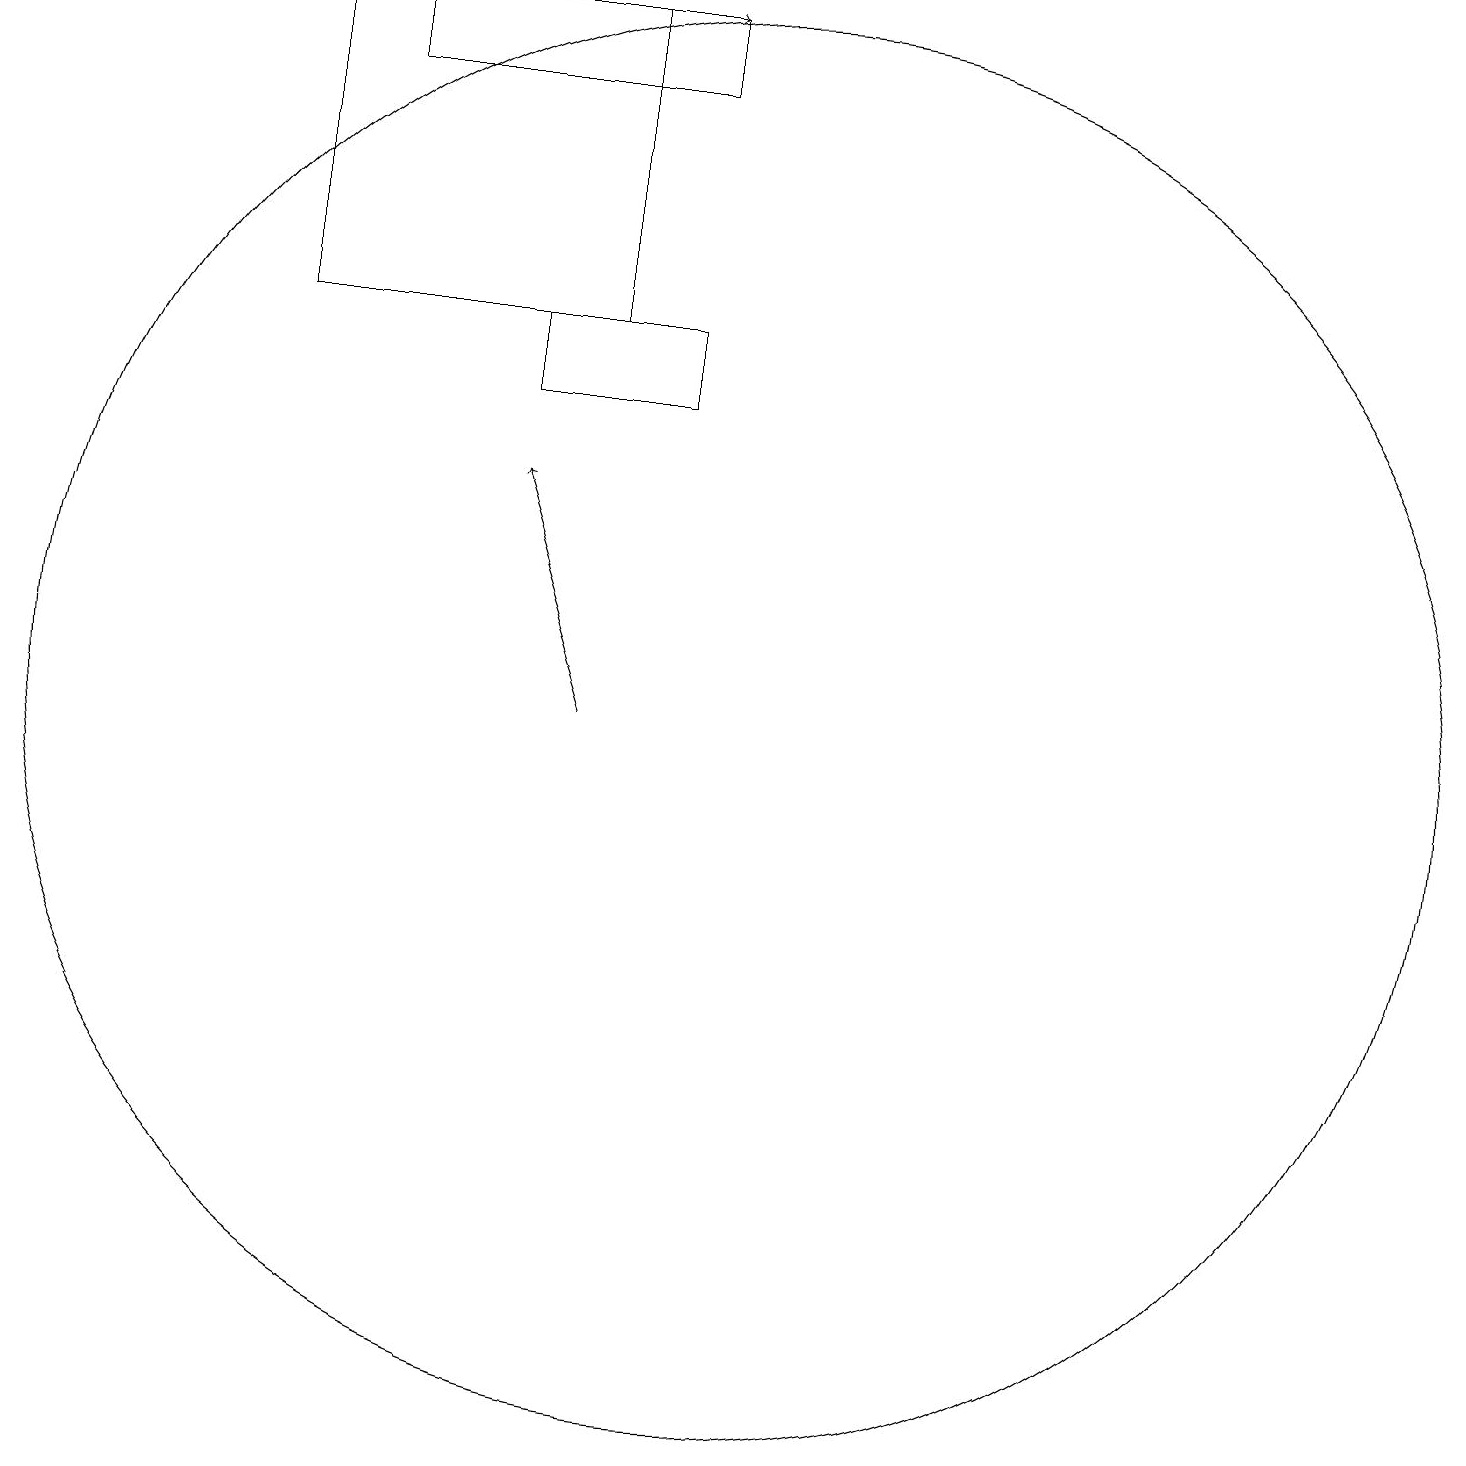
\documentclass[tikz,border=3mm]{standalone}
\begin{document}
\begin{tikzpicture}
\draw[->] (8,10) -- (7,13);
\draw (5,18) rectangle (9,19);
\draw[->] (4,19) -- (9,19);
\draw (10,10) circle (9);
\draw (7,14) rectangle (9,15);
\draw (4,15) rectangle (8,19);
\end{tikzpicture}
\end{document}